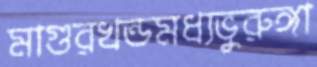
মাগুরখন্ডমধ্যভুরুঙ্গা